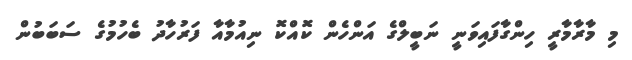
މި މާރާމާރީ ހިންގާފައިވަނީ ނަބީލްގެ އަންހެން ކޮއްކޮ ނިއުމާއާ ފަރުހާދު ބެހުމުގެ ސަބަބުން